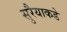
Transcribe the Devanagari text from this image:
सुरैयाकडे